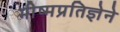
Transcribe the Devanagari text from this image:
भीष्मप्रतिज्ञेने